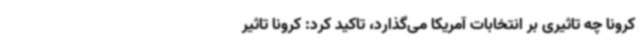
کرونا چه تاثیری بر انتخابات آمریکا می‌گذارد، تاکید کرد: کرونا تاثیر